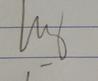
Signature authenticity: genuine